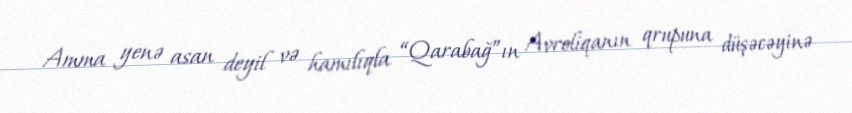
Amma yenə asan deyil və hamılıqla “Qarabağ”ın Avroliqanın qrupuna düşəcəyinə